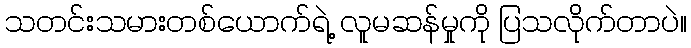
သတင်းသမားတစ်ယောက်ရဲ့ လူမဆန်မှုကို ပြသလိုက်တာပဲ။